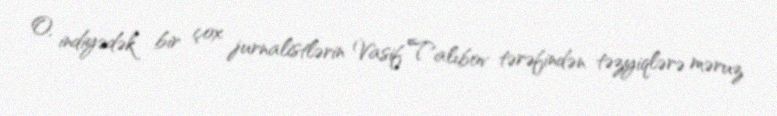
O, indiyədək bir çox jurnalistlərin Vasif Talıbov tərəfindən təzyiqlərə məruz